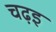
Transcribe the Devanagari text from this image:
चढ़इ